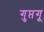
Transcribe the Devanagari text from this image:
गुप्तगू